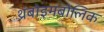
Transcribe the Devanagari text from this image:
थ्रंबोइमबोलिक